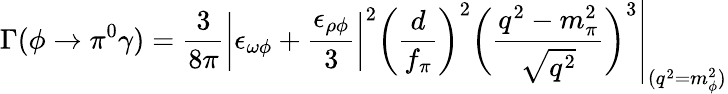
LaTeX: \Gamma(\phi\rightarrow\pi^{0}\gamma)=\left.\frac{3}{8\pi}\bigg|\epsilon_{\omega\phi}+\frac{\epsilon_{\rho\phi}}{3}\bigg|^{2}\bigg(\frac{d}{f_{\pi}}\bigg)^{2}\bigg(\frac{q^{2}-m_{\pi}^{2}}{\sqrt{q^{2}}}\bigg)^{3}\right|_{(q^{2}=m_{\phi}^{2})}